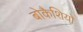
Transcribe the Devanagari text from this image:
बोकैशियो